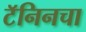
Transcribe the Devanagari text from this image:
टॅनिनचा